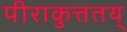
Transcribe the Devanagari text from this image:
पीराकुत्ततय्